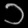
Digit: ၁